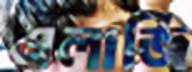
এলার্জি